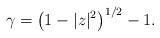
LaTeX: \begin{align*}\gamma=\left(1-|z|^2\right)^{1/2}-1. \end{align*}